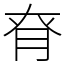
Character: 𦚉